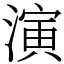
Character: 演